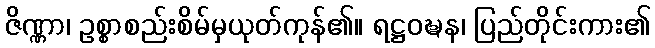
ဇိဏ္ဏာ၊ ဥစ္စာစည်းစိမ်မှယုတ်ကုန်၏။ ရဋ္ဌဝဍ္ဎန၊ ပြည်တိုင်းကား၏